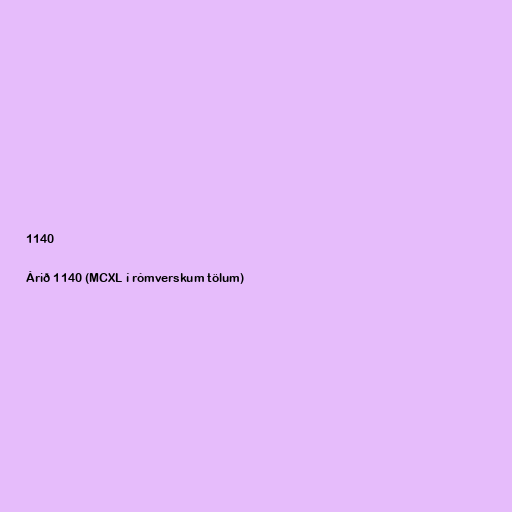
1140

Árið 1140 (MCXL í rómverskum tölum)